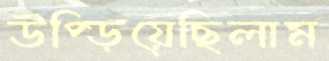
উপ্‌ড়িয়েছিলাম